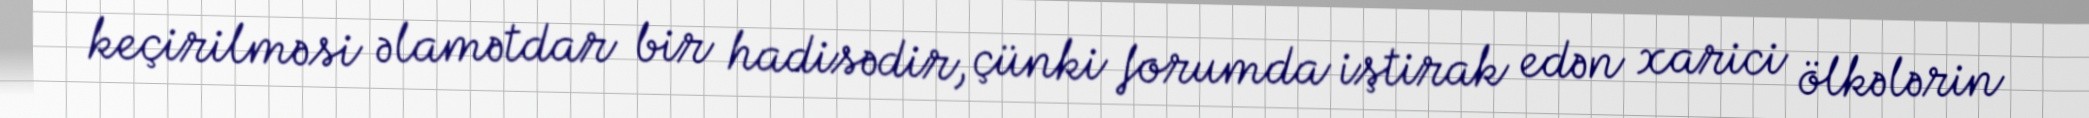
keçirilməsi əlamətdar bir hadisədir, çünki forumda iştirak edən xarici ölkələrin